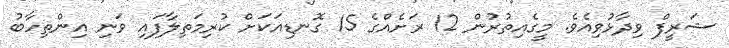
ޝަރީފް ވިދާޅުވިއެވެ. މީގެއިތުރުން 12 ރަށެއްގެ 15 ގޮނޑިއަކަށް ކުރިމަތިލާފައި ވަނި އިންތިހާބު